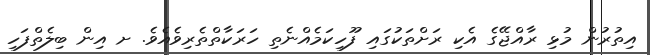
އިތުރުން މުޅި ރާއްޖޭގެ އެކި ރަށްތަކުގައި ފޫހިކަމެއްނެތި ހަރަކާތްތެރިވެއެވެ. ށ އިން ބިލެތްފަހި